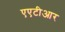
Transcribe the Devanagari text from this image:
एएटीआर